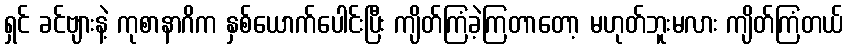
ရှင် ခင်ဗျားနဲ့ ကုစာနာဂိက နှစ်ယောက်ပေါင်းပြီး ကျိတ်ကြံခဲ့ကြတာတော့ မဟုတ်ဘူးမလား ကျိတ်ကြံတယ်